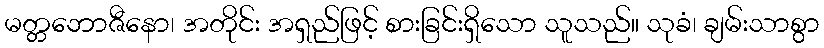
မတ္တဘောဇီနော၊ အတိုင်း အရှည်ဖြင့် စားခြင်းရှိသော သူသည်။ သုခံ၊ ချမ်းသာစွာ